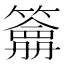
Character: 𥵋